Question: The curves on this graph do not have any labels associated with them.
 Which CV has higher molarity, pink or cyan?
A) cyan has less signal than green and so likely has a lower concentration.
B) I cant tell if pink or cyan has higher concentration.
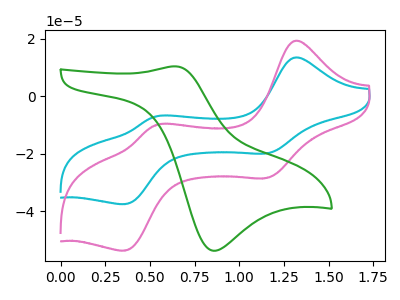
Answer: <think>The cyan curve "cyan" has anodic peaks at (1.30V, 13.45uA) (0.55V, -7.05uA) and cathodic peaks at (1.15V, -19.85uA) (0.35V, -37.50uA). The pink curve "pink" has anodic peaks at (1.30V, 19.25uA) (0.55V, -10.05uA) and cathodic peaks at (1.15V, -28.40uA) (0.35V, -53.65uA). The green curve "green" has an anodic peak at (0.65V, 10.40uA) and a cathodic peak at (0.85V, -53.75uA).
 All the peaks in "pink" have a peak in "cyan" at the same potential.</think>
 <answer>B) I cant tell if "pink" or "cyan" has higher concentration.</answer>
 <eval>B</eval>